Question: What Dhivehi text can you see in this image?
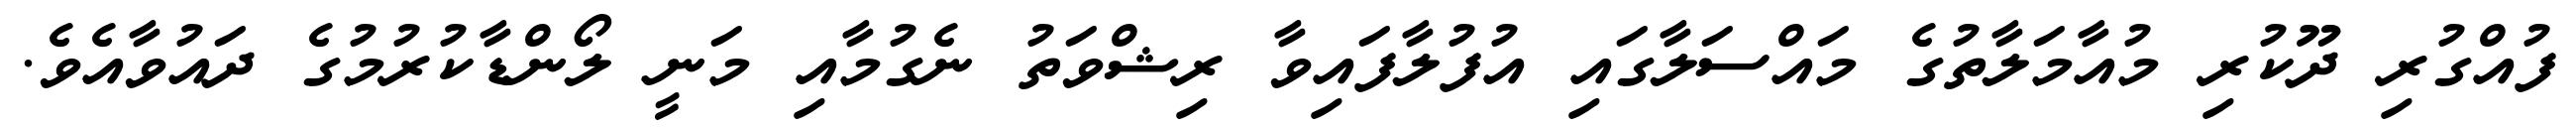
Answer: ފުއްގުރި ދޫކުރި މުއާމަލާތުގެ މައްސަލާގައި އުފުލާފައިވާ ރިޝްވަތު ނެގުމާއި މަނީ ލޯންޑާކުރުމުގެ ދައުވާއެވެ.